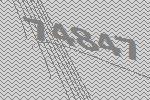
74847